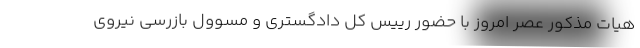
هیات مذکور عصر امروز با حضور رییس کل دادگستری و مسوول بازرسی نیروی